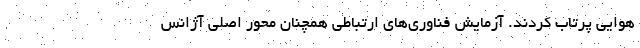
هوایی پرتاب کردند. آزمایش فناوری‌های ارتباطی همچنان محور اصلی آژانس